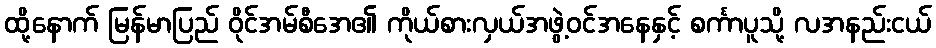
ထို့နောက် မြန်မာပြည် ဝိုင်အမ်စီအေ၏ ကိုယ်စားလှယ်အဖွဲ့ဝင်အနေနှင့် စင်္ကာပူသို့ လအနည်းငယ်